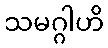
သမဂ္ဂါဟိ